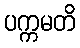
ပက္ကမတိ